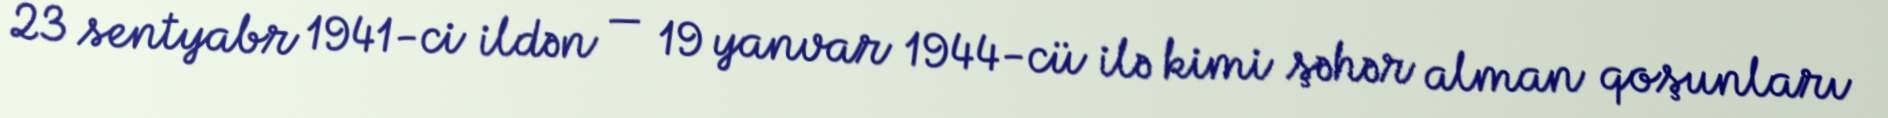
23 sentyabr 1941-ci ildən — 19 yanvar 1944-cü ilə kimi şəhər alman qoşunları